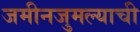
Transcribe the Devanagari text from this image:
जमीनजुमल्याची